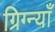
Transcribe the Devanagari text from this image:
ग्रिग्न्याँ